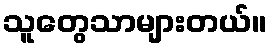
သူတွေသာများတယ်။